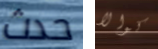
حدث كوالا